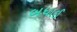
બધાઈ